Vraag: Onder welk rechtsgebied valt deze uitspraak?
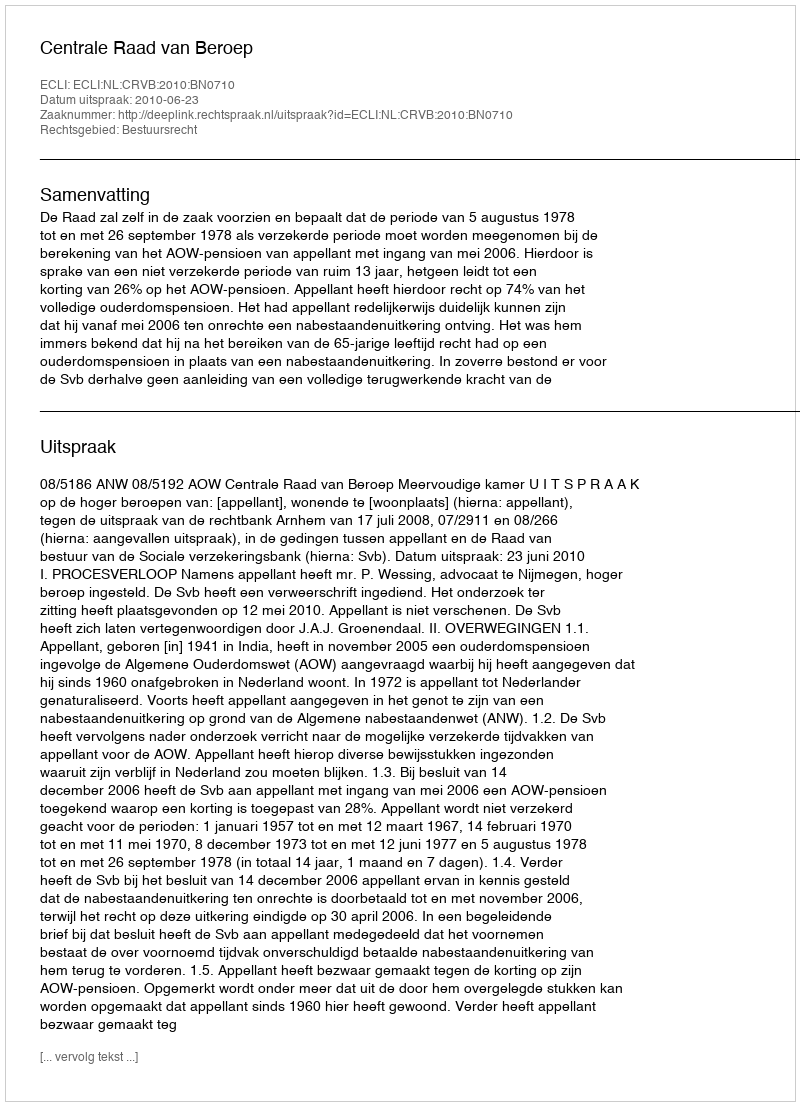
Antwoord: Bestuursrecht